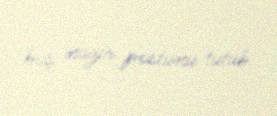
baş nazir postunu tutub.